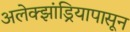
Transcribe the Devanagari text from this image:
अलेक्झांड्रियापासून